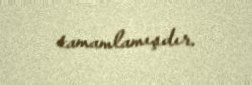
tamamlamışdır.